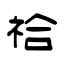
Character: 祫